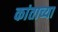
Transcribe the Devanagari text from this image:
कांताच्या